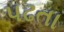
પઢતા